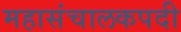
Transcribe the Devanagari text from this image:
महासंचालकपदी